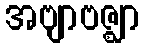
အဗျာဗဇ္ဈာ